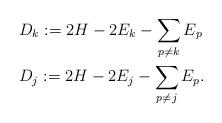
LaTeX: \begin{align*}&D_k:=2H - 2E_k-\sum_{p\neq k} E_p\\&D_j:=2H -2E_j-\sum_{p\neq j} E_p.\end{align*}